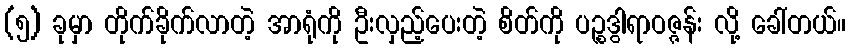
(၅) ခုမှာ တိုက်ခိုက်လာတဲ့ အာရုံကို ဦးလှည့်ပေးတဲ့ စိတ်ကို ပဉ္စဒွါရာဝဇ္ဇန်း လို့ ခေါ်တယ်။